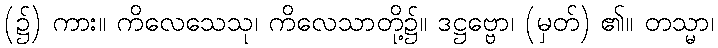
(၌) ကား။ ကိလေသေသု၊ ကိလေသာတို့၌။ ဒဋ္ဌဗ္ဗော၊ (မှတ်) ၏။ တသ္မာ၊